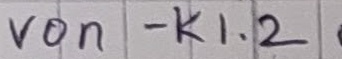
Text: von - K1.2